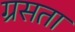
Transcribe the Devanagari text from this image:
ग्रसता